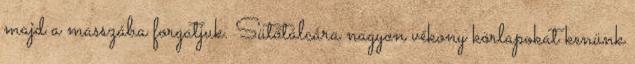
majd a masszába forgatjuk. Sütőtálcára nagyon vékony körlapokat kenünk